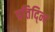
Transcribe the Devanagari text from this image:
प्रतिद्न्दि